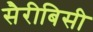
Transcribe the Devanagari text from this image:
सैरीबिसी